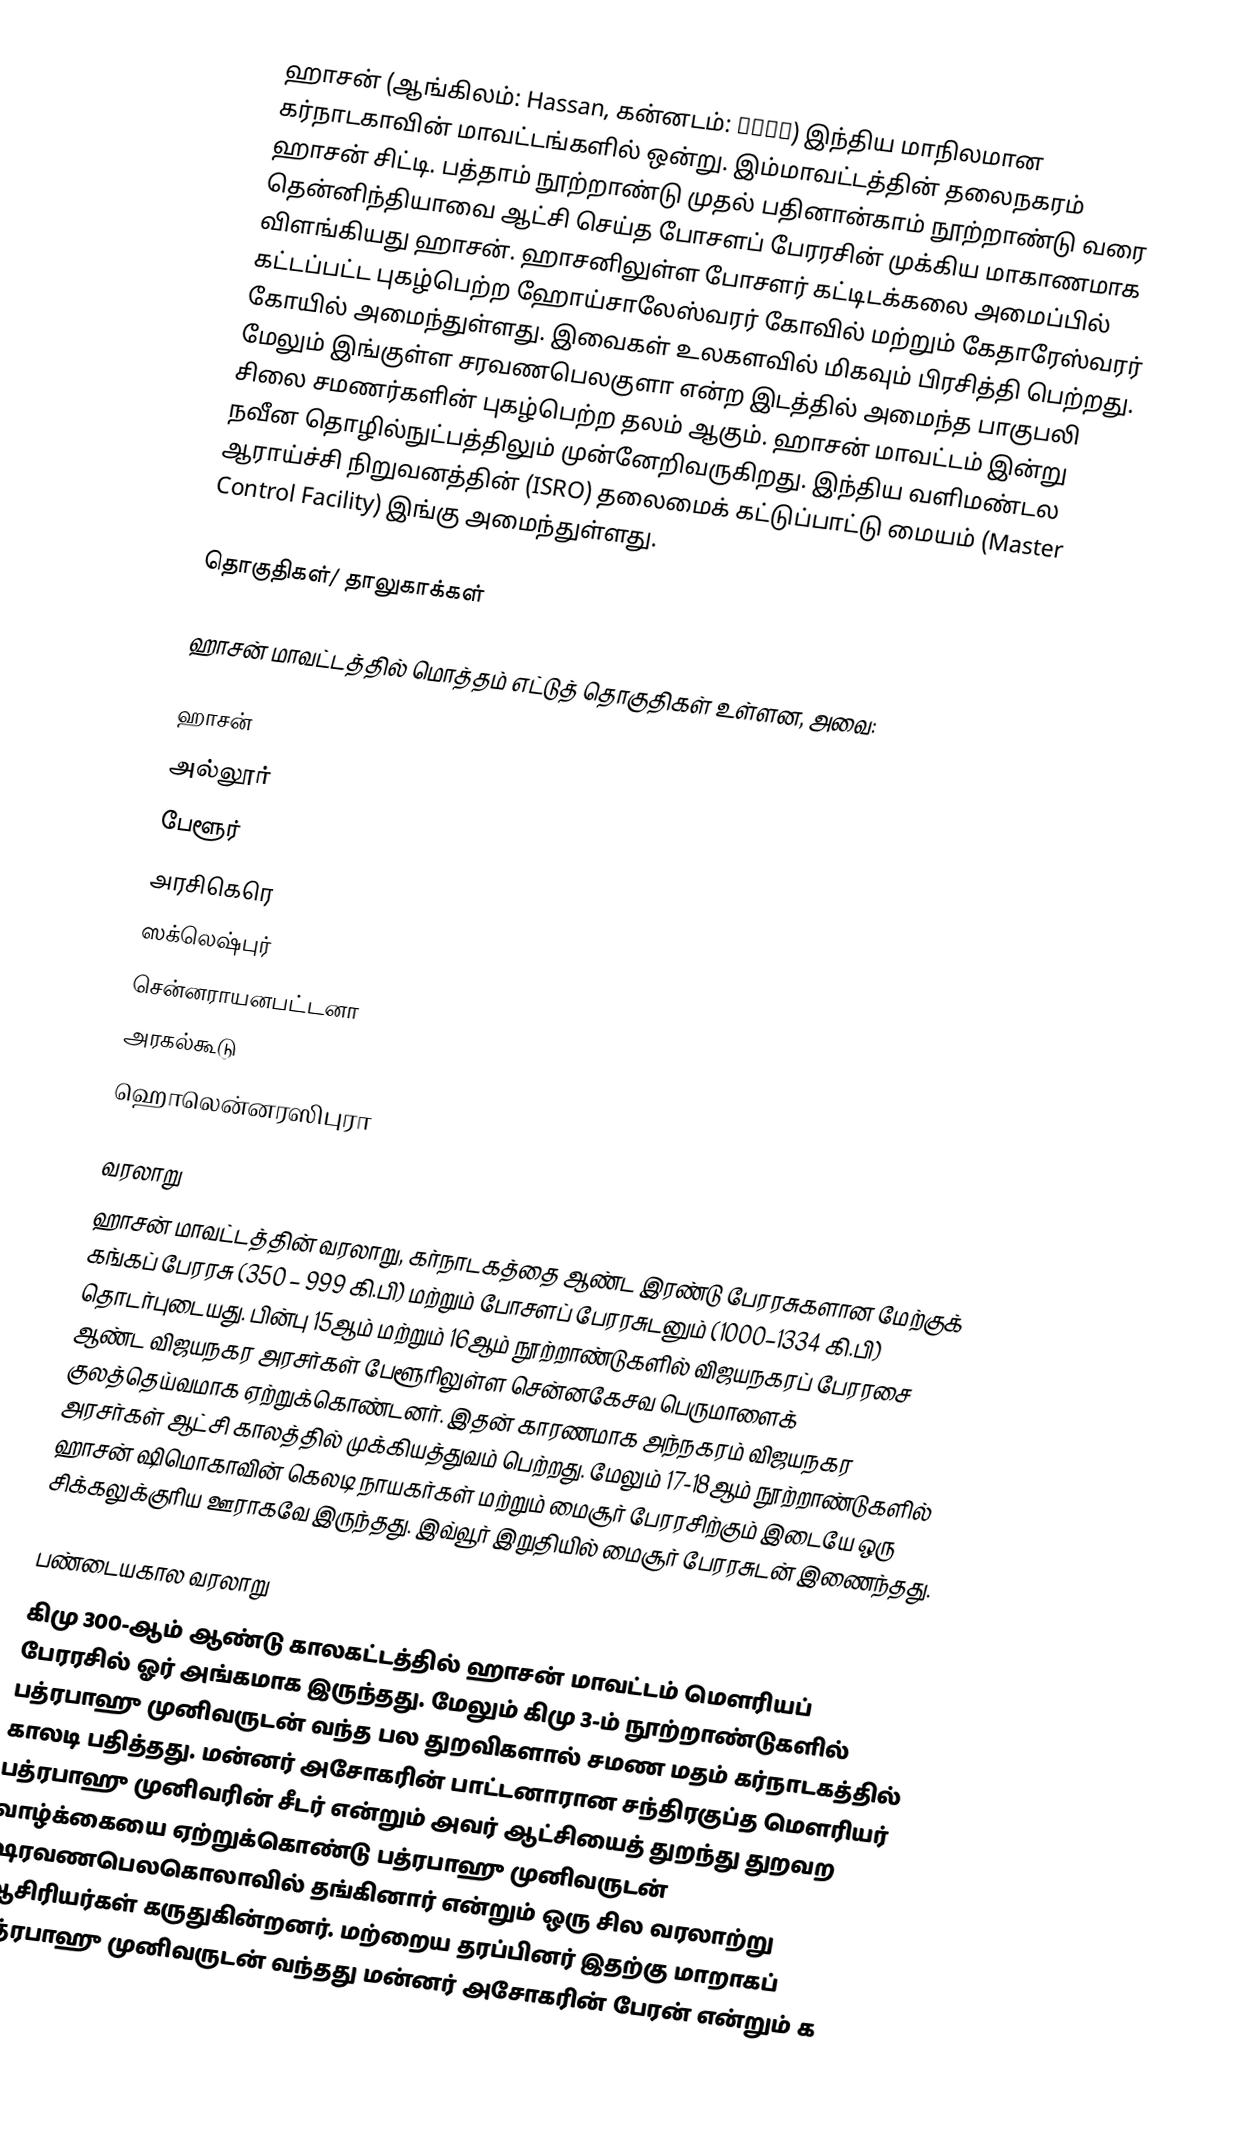
ஹாசன் (ஆங்கிலம்: Hassan, கன்னடம்: ಹಾಸನ) இந்திய மாநிலமான கர்நாடகாவின் மாவட்டங்களில் ஒன்று. இம்மாவட்டத்தின் தலைநகரம் ஹாசன் சிட்டி. பத்தாம் நூற்றாண்டு முதல் பதினான்காம் நூற்றாண்டு வரை தென்னிந்தியாவை ஆட்சி செய்த போசளப் பேரரசின் முக்கிய மாகாணமாக விளங்கியது ஹாசன். ஹாசனிலுள்ள போசளர் கட்டிடக்கலை அமைப்பில் கட்டப்பட்ட புகழ்பெற்ற ஹோய்சாலேஸ்வரர் கோவில் மற்றும் கேதாரேஸ்வரர் கோயில்  அமைந்துள்ளது. இவைகள் உலகளவில் மிகவும் பிரசித்தி பெற்றது. மேலும் இங்குள்ள சரவணபெலகுளா என்ற இடத்தில் அமைந்த பாகுபலி சிலை சமணர்களின் புகழ்பெற்ற தலம் ஆகும். ஹாசன் மாவட்டம் இன்று நவீன தொழில்நுட்பத்திலும் முன்னேறிவருகிறது. இந்திய வளிமண்டல ஆராய்ச்சி நிறுவனத்தின் (ISRO) தலைமைக் கட்டுப்பாட்டு மையம் (Master Control Facility) இங்கு அமைந்துள்ளது.

தொகுதிகள்/ தாலுகாக்கள்

ஹாசன் மாவட்டத்தில் மொத்தம் எட்டுத் தொகுதிகள் உள்ளன, அவை:

 ஹாசன்
 அல்லூர்
 பேளூர்
 அரசிகெரெ
 ஸக்லெஷ்புர்
 சென்னராயனபட்டனா
 அரகல்கூடு
 ஹொலென்னரஸிபுரா

வரலாறு
ஹாசன் மாவட்டத்தின் வரலாறு, கர்நாடகத்தை ஆண்ட இரண்டு பேரரசுகளான மேற்குக் கங்கப் பேரரசு (350 – 999 கி.பி) மற்றும் போசளப் பேரரசுடனும் (1000–1334 கி.பி) தொடர்புடையது. பின்பு 15ஆம் மற்றும் 16ஆம் நூற்றாண்டுகளில் விஜயநகரப் பேரரசை ஆண்ட விஜயநகர அரசர்கள் பேளூரிலுள்ள சென்னகேசவ பெருமாளைக் குலத்தெய்வமாக ஏற்றுக்கொண்டனர். இதன் காரணமாக அந்நகரம் விஜயநகர அரசர்கள் ஆட்சி காலத்தில் முக்கியத்துவம் பெற்றது. மேலும் 17-18ஆம் நூற்றாண்டுகளில் ஹாசன் ஷிமொகாவின் கெலடி நாயகர்கள் மற்றும் மைசூர் பேரரசிற்கும் இடையே ஒரு சிக்கலுக்குரிய ஊராகவே இருந்தது. இவ்வூர் இறுதியில் மைசூர் பேரரசுடன் இணைந்தது.

பண்டையகால வரலாறு
கிமு 300-ஆம் ஆண்டு காலகட்டத்தில் ஹாசன் மாவட்டம் மௌரியப் பேரரசில் ஓர் அங்கமாக இருந்தது. மேலும் கிமு 3-ம் நூற்றாண்டுகளில்  பத்ரபாஹு முனிவருடன் வந்த பல துறவிகளால் சமண மதம் கர்நாடகத்தில் காலடி பதித்தது. மன்னர் அசோகரின் பாட்டனாரான சந்திரகுப்த மௌரியர் பத்ரபாஹு முனிவரின் சீடர் என்றும் அவர் ஆட்சியைத் துறந்து துறவற வாழ்க்கையை ஏற்றுக்கொண்டு பத்ரபாஹு முனிவருடன் ஷரவணபெலகொலாவில் தங்கினார் என்றும் ஒரு சில வரலாற்று ஆசிரியர்கள் கருதுகின்றனர். மற்றைய தரப்பினர் இதற்கு மாறாகப் பத்ரபாஹு முனிவருடன் வந்தது மன்னர் அசோகரின் பேரன் என்றும் க